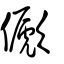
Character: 𠐀